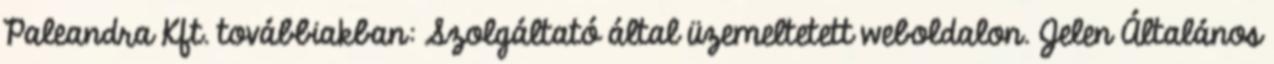
Paleandra Kft. továbbiakban: Szolgáltató által üzemeltetett weboldalon. Jelen Általános